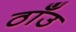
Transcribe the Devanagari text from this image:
ठाँउ